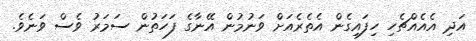
އަދި އެއެއްޗެހި ހިފައިގެން އެތެރެއަށް ވަނުމުން އޭނާގެ ފަހަތުން ސަމަރު ވެސް ވަނެވެ.